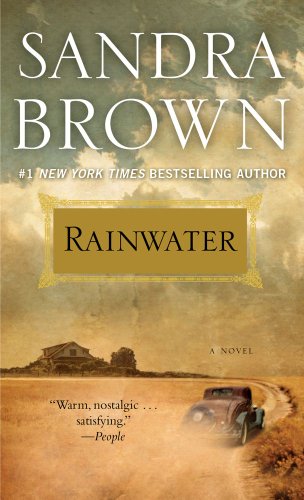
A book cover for Rainwater; Sandra Brown; Romance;